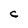
Character: c